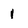
Character: l